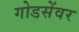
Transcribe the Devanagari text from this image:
गोडसेंवर